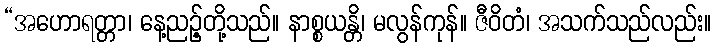
“အဟောရတ္တာ၊ နေ့ညဉ့်တို့သည်။ နာစ္စယန္တိ၊ မလွန်ကုန်။ ဇီဝိတံ၊ အသက်သည်လည်း။